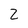
Character: 2